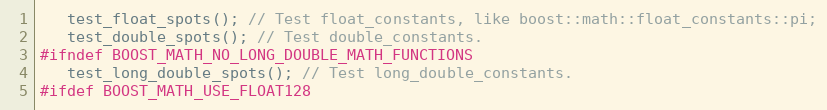
Language: C++
   test_float_spots(); // Test float_constants, like boost::math::float_constants::pi;
   test_double_spots(); // Test double_constants.
#ifndef BOOST_MATH_NO_LONG_DOUBLE_MATH_FUNCTIONS
   test_long_double_spots(); // Test long_double_constants.
#ifdef BOOST_MATH_USE_FLOAT128